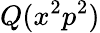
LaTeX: Q(x^{2}p^{2})